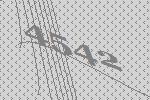
4542